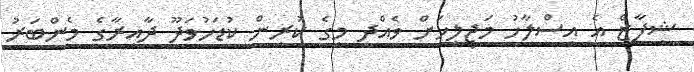
ޝިފާޒް އެ އިސްލާހު މަޖިލީހަށް ވެއްދީ މީގެ ކުރިން ކުޑަހުވަދޫ ދާއިރާގެ މެންބަރު